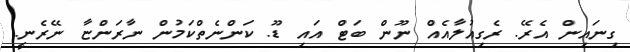
ގިނައިން އެރޭ. ރެގިއުލާއެއް ނޫން ބަޓް އައި ޑޫ. ކަންނެތްކަމުން ނާރަންޏާ ނޭރެނީ.